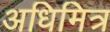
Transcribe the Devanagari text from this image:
अधिमित्र